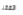
اتفقنا